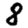
Digit: 8